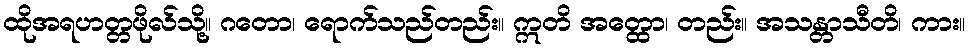
ထိုအရဟတ္တဖိုလ်သို့။ ဂတော၊ ရောက်သည်တည်း။ ဣတိ အတ္ထော၊ တည်း။ အသန္တာသီတိ၊ ကား။